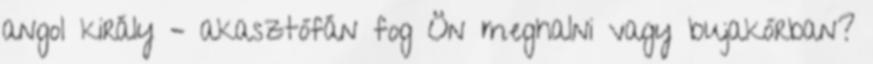
angol király – akasztófán fog Ön meghalni vagy bujakórban?